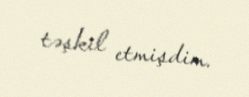
təşkil etmişdim.